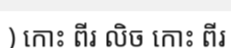
) កោះ ពីរ លិច កោះ ពីរ